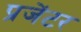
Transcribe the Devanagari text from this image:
प्रजेंटर